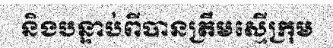
និងបន្ទាប់ពីបានត្រឹមស្មើក្រុម